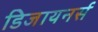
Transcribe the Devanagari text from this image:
डिजायनर्स